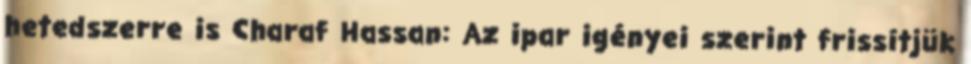
hetedszerre is Charaf Hassan: Az ipar igényei szerint frissítjük